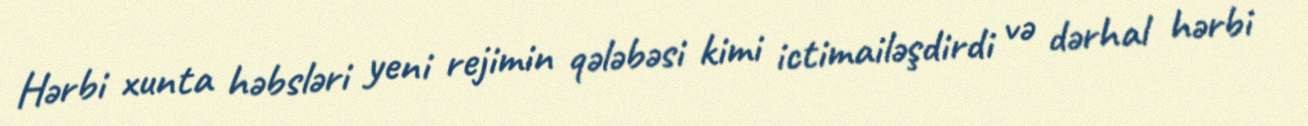
Hərbi xunta həbsləri yeni rejimin qələbəsi kimi ictimailəşdirdi və dərhal hərbi